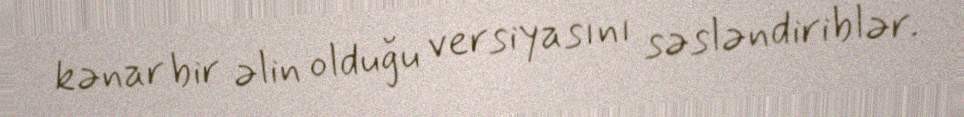
kənar bir əlin olduğu versiyasını səsləndiriblər.